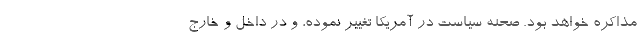
مذاکره خواهد بود. صحنه‌ سیاست در آمریکا تغییر نموده، و در داخل و خارج